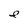
Character: e